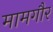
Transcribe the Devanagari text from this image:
मामगौर